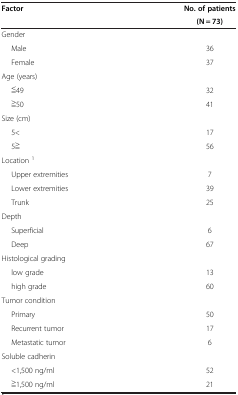
<table><thead><tr><td><b>Factor</b></td><td><b>No. of patients</b></td></tr><tr><td><b> </b></td><td><b>(N = 73)</b></td></tr></thead><tbody><tr><td>Gender</td><td> </td></tr><tr><td>Male</td><td>36</td></tr><tr><td>Female</td><td>37</td></tr><tr><td>Age (years)</td><td> </td></tr><tr><td>≦49</td><td>32</td></tr><tr><td>≧50</td><td>41</td></tr><tr><td>Size (cm)</td><td> </td></tr><tr><td>5&lt;</td><td>17</td></tr><tr><td>5≧</td><td>56</td></tr><tr><td>Location <sup>1</sup></td><td> </td></tr><tr><td>Upper extremities</td><td>7</td></tr><tr><td>Lower extremities</td><td>39</td></tr><tr><td>Trunk</td><td>25</td></tr><tr><td>Depth</td><td> </td></tr><tr><td>Superficial</td><td>6</td></tr><tr><td>Deep</td><td>67</td></tr><tr><td>Histological grading</td><td> </td></tr><tr><td>low grade</td><td>13</td></tr><tr><td>high grade</td><td>60</td></tr><tr><td>Tumor condition</td><td> </td></tr><tr><td>Primary</td><td>50</td></tr><tr><td>Recurrent tumor</td><td>17</td></tr><tr><td>Metastatic tumor</td><td>6</td></tr><tr><td>Soluble cadherin</td><td> </td></tr><tr><td>&lt;1,500 ng/ml</td><td>52</td></tr><tr><td>≧1,500 ng/ml</td><td>21</td></tr></tbody></table>